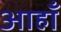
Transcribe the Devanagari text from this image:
आहाँ